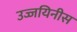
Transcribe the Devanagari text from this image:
उज्जयिनीस